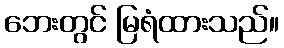
ဘေးတွင် မြရံထားသည်။